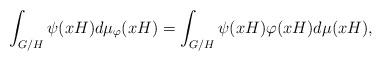
LaTeX: \begin{align*} \int_{G/H}\psi(xH)d\mu_\varphi(xH)=\int_{G/H}\psi(xH)\varphi(xH)d\mu(xH),\end{align*}